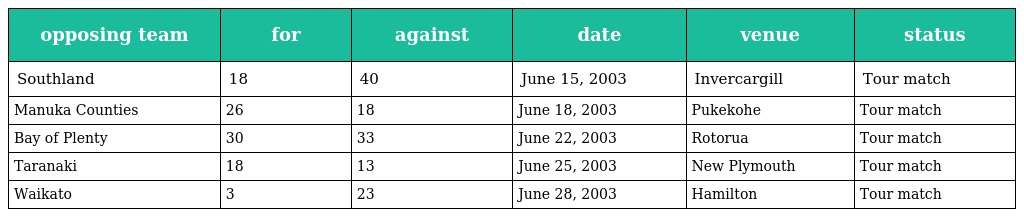
| opposing team | for | against | date | venue | status |
 | --- | --- | --- | --- | --- | --- |
 | Southland | 18 | 40 | June 15, 2003 | Invercargill | Tour match |
 | Manuka Counties | 26 | 18 | June 18, 2003 | Pukekohe | Tour match |
 | Bay of Plenty | 30 | 33 | June 22, 2003 | Rotorua | Tour match |
 | Taranaki | 18 | 13 | June 25, 2003 | New Plymouth | Tour match |
 | Waikato | 3 | 23 | June 28, 2003 | Hamilton | Tour match |